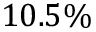
1 0 . 5 \%